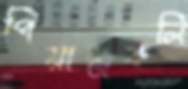
পিয়াজকলি